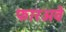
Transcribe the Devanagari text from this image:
फारअवे